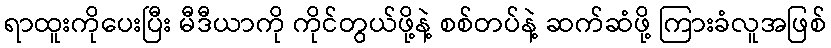
ရာထူးကိုပေးပြီး မီဒီယာကို ကိုင်တွယ်ဖို့နဲ့ စစ်တပ်နဲ့ ဆက်ဆံဖို့ ကြားခံလူအဖြစ်